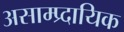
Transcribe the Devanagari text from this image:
असाम्प्र्दायिक